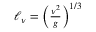
\begin{array} { r } { \ell _ { \nu } = \left( \frac { \nu ^ { 2 } } { g } \right) ^ { 1 / 3 } } \end{array}